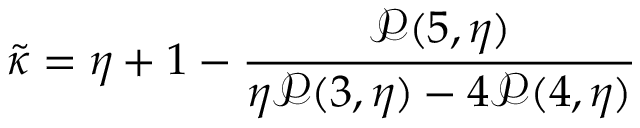
\widetilde { \kappa } = \eta + 1 - \frac { \mathcal { P } ( 5 , \eta ) } { \eta \mathcal { P } ( 3 , \eta ) - 4 \mathcal { P } ( 4 , \eta ) }